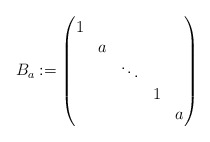
\begin{align*}B_{a} := \begin{pmatrix}1 \\ &a \\ && \ddots \\ &&&1 \\ &&&&a\end{pmatrix}\end{align*}